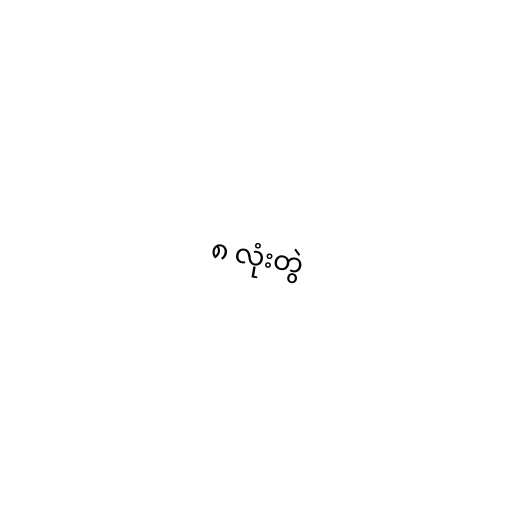
၈ လုံးတွဲ